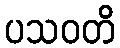
ပသဝတိ